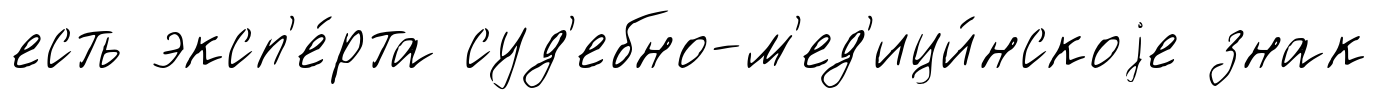
есть эксп'е́рта суд'ебно-м'ед'ици́нскоjе знак